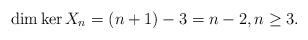
LaTeX: \begin{align*}\dim\ker X_{n} = (n+1) -3 = n-2,n\geq 3.\end{align*}